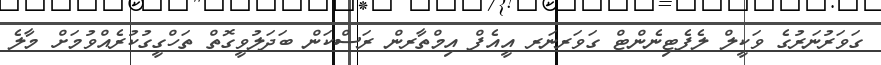
ގަވަރުނަރުގެ ވަކީލް ލެފެޓިނެންޓް ގަވަރނަރ އީއެފް އިމްތާރން ރަސްކަން ބަދަލުވީގޮތް ތަހްގީގުކުރެއްވުމަށް މާލެ